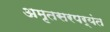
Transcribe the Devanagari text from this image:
अमृतसरपर्यंत